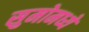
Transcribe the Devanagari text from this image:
सुमोमध्ये